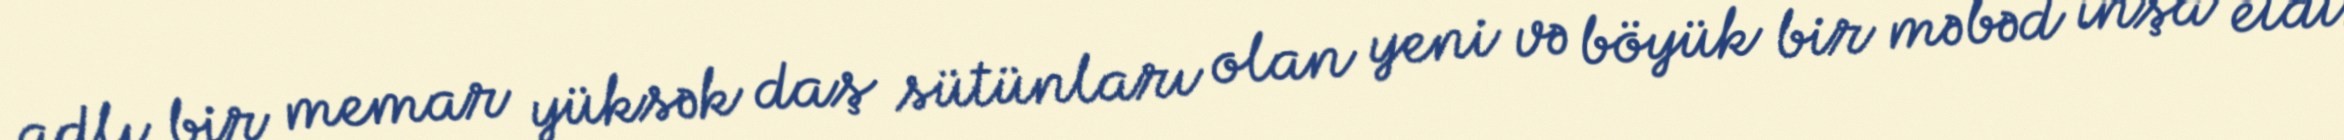
adlı bir memar yüksək daş sütünları olan yeni və böyük bir məbəd inşa etdi.